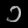
Digit: ၁